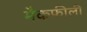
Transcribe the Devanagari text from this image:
मैकफीली